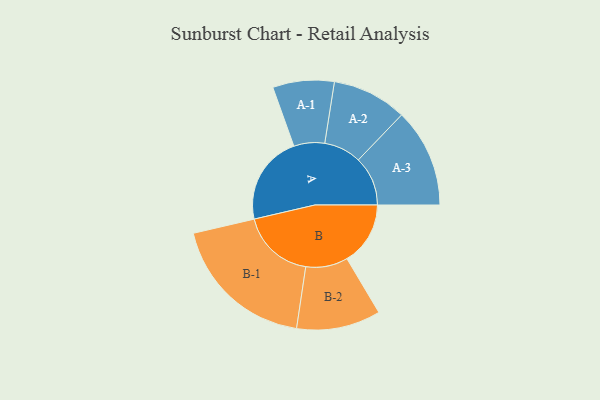
{"axis": {"x": "Segment", "y": "Value"}, "legend": ["", "A", "B"], "data": [{"x": "A", "y": 363, "type": ""}, {"x": "B", "y": 258, "type": ""}, {"x": "A-1", "y": 125, "type": "A"}, {"x": "A-2", "y": 152, "type": "A"}, {"x": "A-3", "y": 201, "type": "A"}, {"x": "B-1", "y": 298, "type": "B"}, {"x": "B-2", "y": 171, "type": "B"}]}